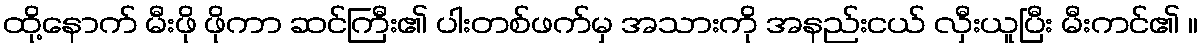
ထို့နောက် မီးဖို ဖိုကာ ဆင်ကြီး၏ ပါးတစ်ဖက်မှ အသားကို အနည်းငယ် လှီးယူပြီး မီးကင်၏ ။